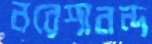
নরেশানন্দ